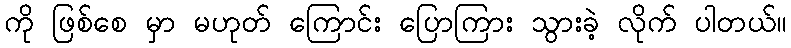
ကို ဖြစ်စေ မှာ မဟုတ် ကြောင်း ပြောကြား သွားခဲ့ လိုက် ပါတယ်။